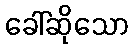
ခေါ်ဆိုသော